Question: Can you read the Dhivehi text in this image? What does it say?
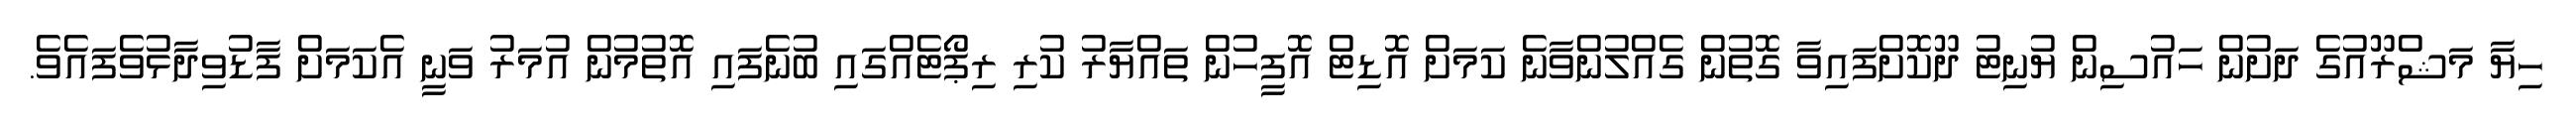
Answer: ހިޔާ މަޝްރޫއުގެ ދަށުން ހައުސިން ޔުނިޓު ދޫކޮށްފައިވާ ގޮތުން ގެއްލުންވާނެ ކަމަށް އޮޑިޓް އޮފީހުން ތައްޔާރު ކުރި ރިޕޯޓެއްގައި ބުނެފައި އޮތުމުން އުމަރު ވަނީ އެކަމަށް ފާޑުވިދާޅުވެފައެވެ.